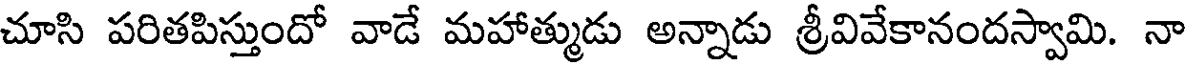
చూసి పరితపిస్తుందో వాడే మహాత్ముడు అన్నాడు శ్రీవివేకానందస్వామి. నా